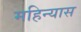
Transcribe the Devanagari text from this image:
महिन्यास